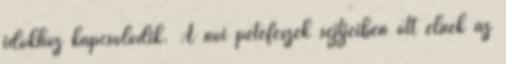
időkhöz kapcsolódik. A női petefészek sejtjeiben ott élnek az